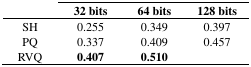
<table><thead><tr><td></td><td><b>32 bits</b></td><td><b>64 bits</b></td><td><b>128 bits</b></td></tr></thead><tbody><tr><td>SH</td><td>0.255</td><td>0.349</td><td>0.397</td></tr><tr><td>PQ</td><td>0.337</td><td>0.409</td><td>0.457</td></tr><tr><td>RVQ</td><td><b>0.407</b></td><td><b>0.510</b></td><td></td></tr></tbody></table>